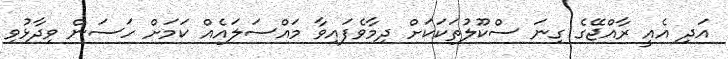
އަދި އެއީ ރާއްޖޭގެ ގިނަ ސްކޫލުތަކަކަށް ދިމާވެފައިވާ މައްސަލައެއް ކަމަށް ހަސަން ވިދާޅުވި